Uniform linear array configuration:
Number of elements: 4
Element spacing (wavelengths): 0.5
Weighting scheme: hamming
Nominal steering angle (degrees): -30
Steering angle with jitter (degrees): -28.398
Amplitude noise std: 0.05
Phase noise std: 0.05

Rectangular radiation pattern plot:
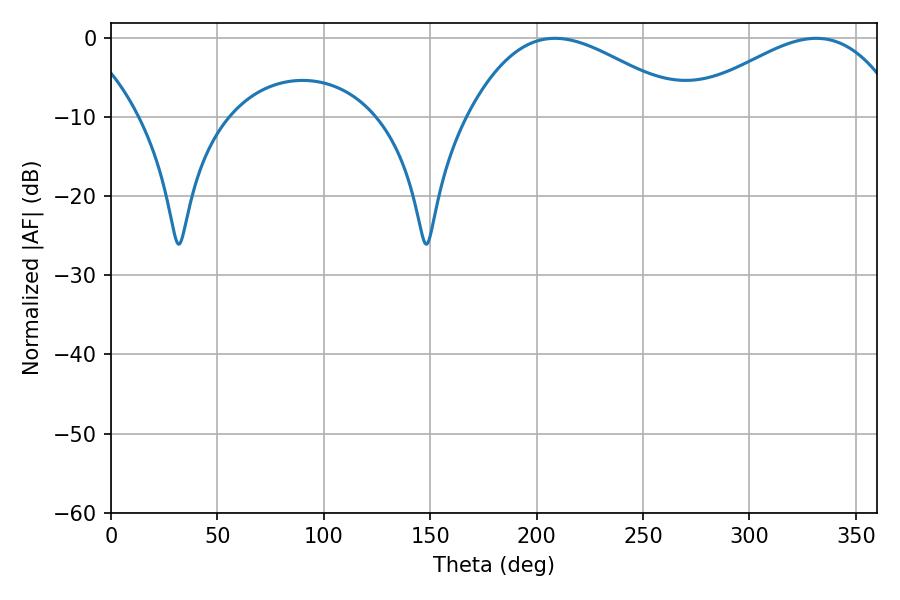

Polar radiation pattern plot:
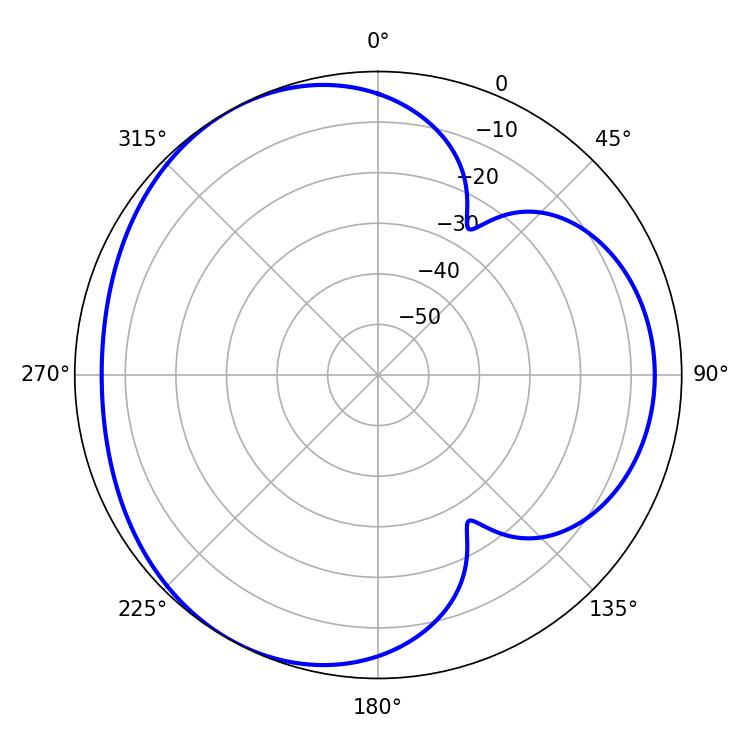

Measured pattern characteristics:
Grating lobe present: FALSE
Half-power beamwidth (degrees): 55.98
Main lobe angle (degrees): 208.62